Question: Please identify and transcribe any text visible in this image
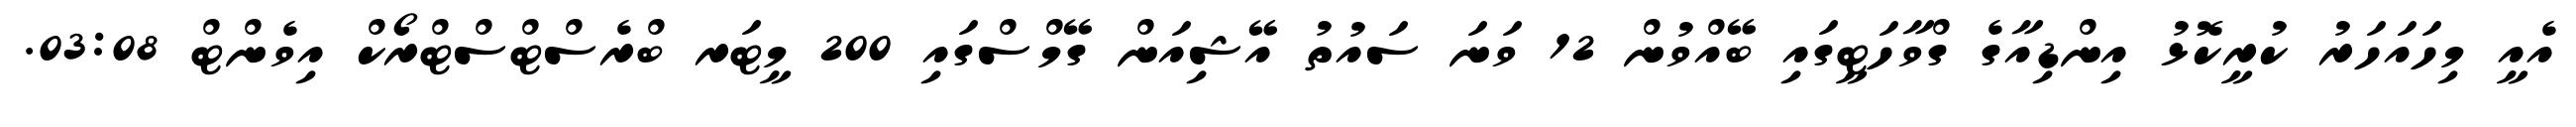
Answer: އެއީ މިހައަހަރު ކުރީކޮޅު އިންޑިއާގެ ގްވާހަޓީގައި ބޭއްވުން 12 ވަނަ ސައުތު އޭޝިއަން ގޭމްސްގައި 200 މީޓަރ ބްރެސްޓްސްޓްރޯކް އިވެންޓް 03:08.